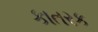
કાતરક